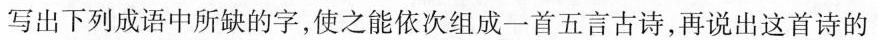
写出下列成语中所缺的字，使之能依次组成一首五言古诗，再说出这首诗的